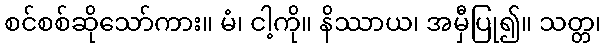
စင်စစ်ဆိုသော်ကား။ မံ၊ ငါ့ကို။ နိဿာယ၊ အမှီပြု၍။ သတ္တ၊